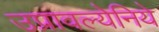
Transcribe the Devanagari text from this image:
उप्रावल्येनिये